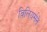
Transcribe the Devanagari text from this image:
विलियर्सने